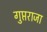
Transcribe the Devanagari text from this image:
गुप्तराजा